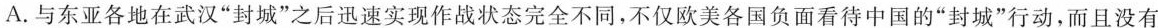
B.与东亚各地在武汉”封城”之后迅速实现作战状态完全不同，不仅欧美各国负面看待中国的”封城”行动，而且没有